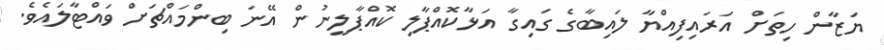
ޔަޒާން ހިތަށް އަރައިފިއްޔާ ލައިބާގެ ގައިގާ އަޅާކޮއްޕާލި ކޮއްޕާލީނުން އޭނަ ބިންމައްޗަށް ވައްޓާލައެވެ.